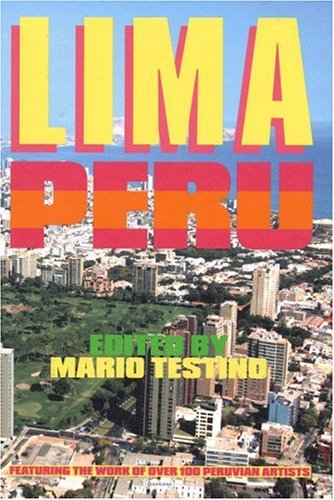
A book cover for Lima Peru: Edited by Mario Testino; Travel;